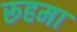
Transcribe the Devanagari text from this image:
रूहमा